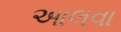
આલવા